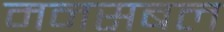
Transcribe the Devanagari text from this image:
मनसबल